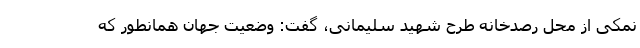
نمکی از محل رصدخانه طرح شهید سلیمانی، گفت: وضعیت جهان همانطور که